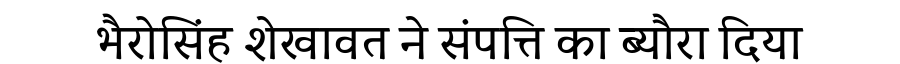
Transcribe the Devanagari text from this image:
भैरोसिंह शेखावत ने संपत्ति का ब्यौरा दिया